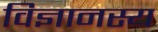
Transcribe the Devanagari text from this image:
विज्ञानस्य